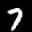
Label: 7